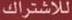
للاشتراك